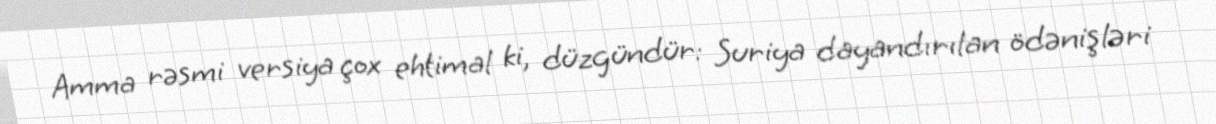
Amma rəsmi versiya çox ehtimal ki, düzgündür: Suriya dayandırılan ödənişləri